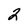
Character: 2